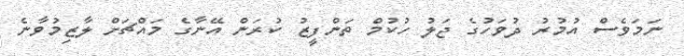
ނަމަވެސް އުމުރު ދުވަހުގެ ޖަލު ހުކުމް ތަންފީޒު ކުރަން އޭނާގެ މައްޗަށް ލާޒިމުވާނެ